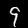
Digit: 9